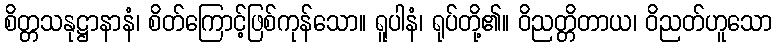
စိတ္တသနုဋ္ဌာနာနံ၊ စိတ်ကြောင့်ဖြစ်ကုန်သော။ ရူပါနံ၊ ရုပ်တို့၏။ ဝိညတ္တိတာယ၊ ဝိညတ်ဟူသော